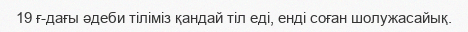
19 ғ-дағы әдеби тіліміз қандай тіл еді, енді соған шолужасайық.